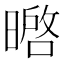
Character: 㬖